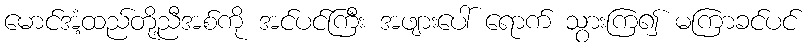
မောင်အံ့ထည်တို့ညီအစ်ကို အင်ပင်ကြီး အဖျားပေါ် ရောက် သွားကြ၍ မကြာခင်ပင်